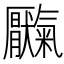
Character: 𫨥